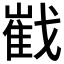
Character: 𱟠